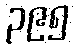
၃၉၅